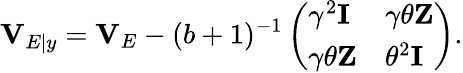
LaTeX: \mathbf{V}_{E|y}=\mathbf{V}_{E}-(b+1)^{-1}\left(\begin{array}{ll}{\gamma^{2}\mathbf{I}}&{\gamma\theta\mathbf{Z}}\\ {\gamma\theta\mathbf{Z}}&{\theta^{2}\mathbf{I}}\end{array}\right).